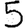
Digit: 5